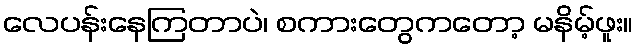
လေပန်းနေကြတာပဲ၊ စကားတွေကတော့ မနိမ့်ဖူး။